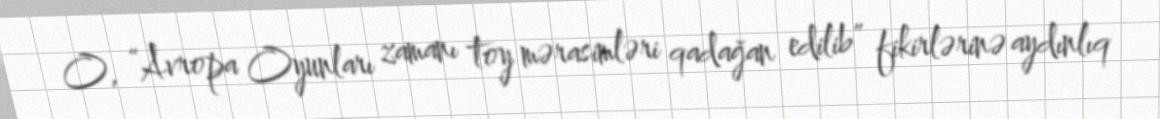
O, “Avropa Oyunları zamanı toy mərasimləri qadağan edilib” fikirlərinə aydınlıq